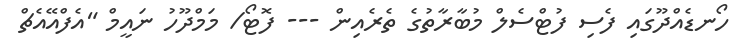
ހޯނޑެއްދޫގައި ފެސި ފުޓްސެލް މުބާރާތުގެ ތެރެއިން --- ފޮޓޯ/ މަމްދޫހު ނައީމް "އެފްއޭއެޗް